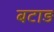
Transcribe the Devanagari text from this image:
बटाड़